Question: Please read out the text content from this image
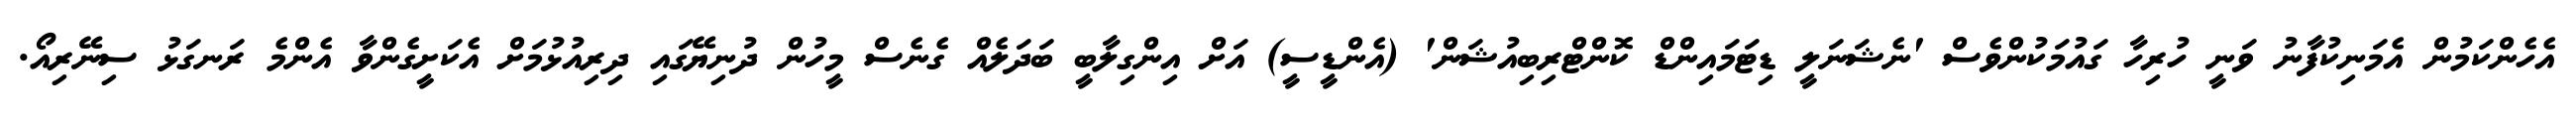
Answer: އެހެންކަމުން އެމަނިކުފާނު ވަނީ ހުރިހާ ގައުމަކުންވެސް 'ނެޝަނަލީ ޑިޓަމައިންޑް ކޮންޓްރިބިއުޝަން' (އެންޑީސީ) އަށް އިންގިލާބީ ބަދަލެއް ގެނެސް މީހުން ދުނިޔޭގައި ދިރިއުޅުމަށް އެކަށީގެންވާ އެންމެ ރަނގަޅު ސިނޭރިއޯ.